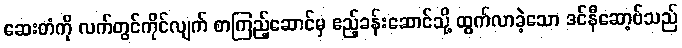
ဆေးတံကို လက်တွင်ကိုင်လျက် စာကြည့်ဆောင်မှ ဧည့်ခန်းဆောင်သို့ ထွက်လာခဲ့သော ဒင်နီဆော့ဗ်သည်